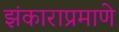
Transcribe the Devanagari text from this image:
झंकाराप्रमाणे